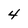
Character: 4